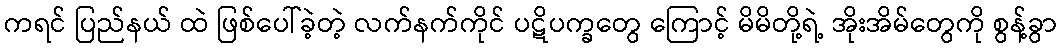
ကရင် ပြည်နယ် ထဲ ဖြစ်ပေါ်ခဲ့တဲ့ လက်နက်ကိုင် ပဋိပက္ခတွေ ကြောင့် မိမိတို့ရဲ့ အိုးအိမ်တွေကို စွန့်ခွာ